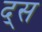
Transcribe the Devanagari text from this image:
द्स